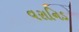
વરાનિડ